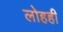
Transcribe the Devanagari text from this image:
लोहही